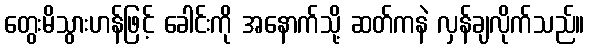
တွေးမိသွားဟန်ဖြင့် ခေါင်းကို အနောက်သို့ ဆတ်ကနဲ လှန်ချလိုက်သည်။